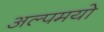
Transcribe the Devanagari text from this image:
अल्पमयो